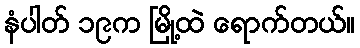
နံပါတ် ၁၉က မြို့ထဲ ရောက်တယ်။